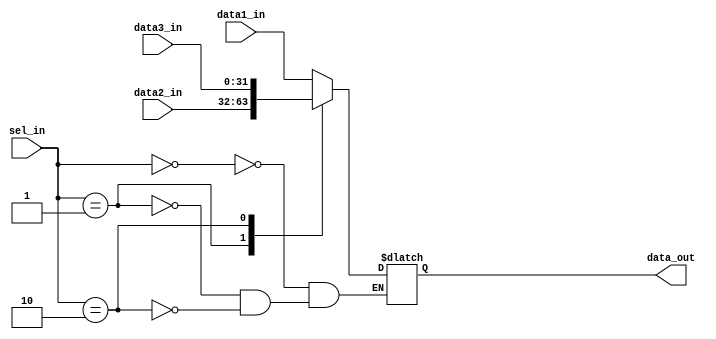
module MUX3to1(data_out, data1_in, data2_in, data3_in, sel_in);

  parameter N = 32;

  output reg [N-1:0] data_out;
  input [N-1:0] data1_in, data2_in, data3_in;
  input [1:0] sel_in;

  always@(*) begin
    case(sel_in)
      0: data_out <= data1_in;
      1: data_out <= data2_in;
      2: data_out <= data3_in;
      default: data_out <= data_out;
    endcase
  end

endmodule